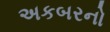
અકબરનો